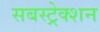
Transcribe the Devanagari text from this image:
सबस्ट्रेक्शन